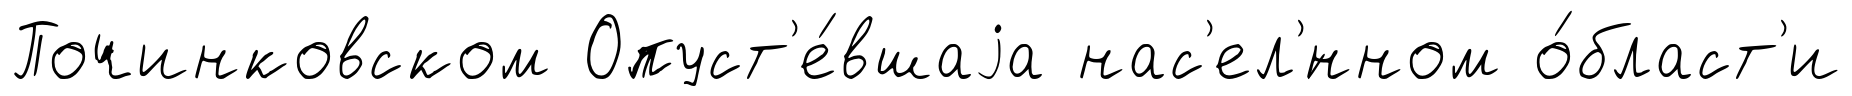
Починковском Опуст'е́вшаjа нас'ел'́нном о́бласт'и